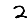
Digit: 2